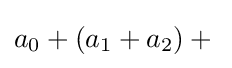
a_{0}+(a_{1}+a_{2})+{}